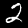
Digit: 2